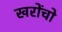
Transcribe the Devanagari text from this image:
खरोंचो